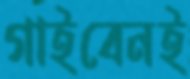
গাইবেনই